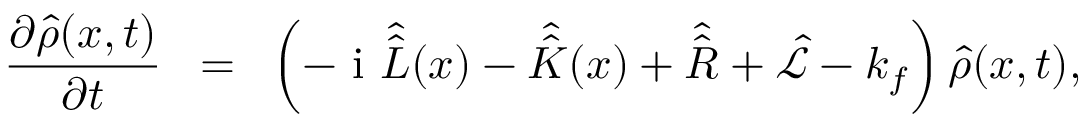
\frac { { \partial \hat { \rho } ( x , t ) } } { { \partial t } } \; \; = \; \; \left( - \mathrm { ~ i ~ } \hat { \hat { L } } ( x ) - \hat { \hat { K } } ( x ) + \hat { \hat { R } } + \hat { \mathcal { L } } - k _ { f } \right) \hat { \rho } ( x , t ) ,